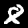
Label: 8